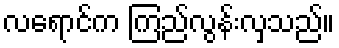
လရောင်က ကြည်လွန်းလှသည်။